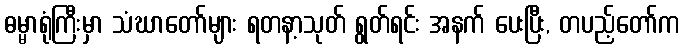
ဓမ္မာရုံကြီးမှာ သံဃာတော်များ ရတနာ့သုတ် ရွတ်ရင်း အနက် ပေးပြီး, တပည့်တော်က